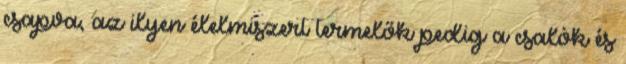
csapva, az ilyen élelmiszert termelők pedig a csalók és